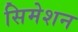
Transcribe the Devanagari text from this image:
सिमेशन